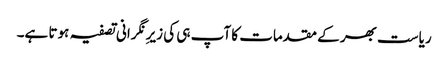
ریاست بھر کے مقدمات کا آپ ہی کی زیرِ نگرانی تصفیہ ہوتا ہے۔